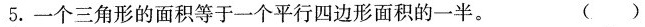
5.一个三角形的面积等于一个平行四边形面积的一半。()